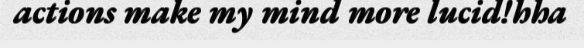
actions make my mind more lucid!hha